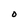
Character: O